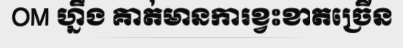
OM ហ្នឹង គាត់មានការខ្វះខាតច្រើន